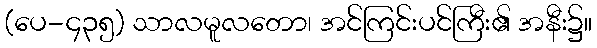
(ပေ-၄၃၅) သာလမူလတော၊ အင်ကြင်းပင်ကြီး၏ အနီး၌။